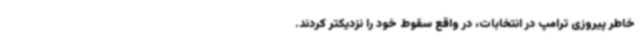
خاطر پیروزی ترامپ در انتخابات، در واقع سقوط خود را نزدیکتر کردند.